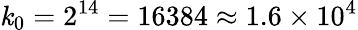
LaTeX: \mathit{k}_{0}=2^{14}=16384\approx1.6\times10^{4}